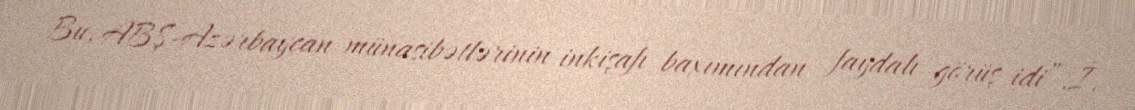
Bu, ABŞ-Azərbaycan münasibətlərinin inkişafı baxımından faydalı görüş idi”.İ.